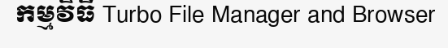
កម្មវិធី Turbo File Manager and Browser